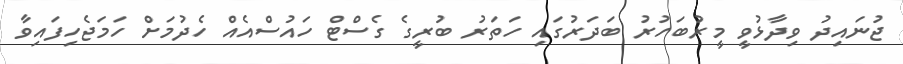
ޖުނައިދު ވިދާޅުވީ މީރުބަހުރު ބަދަރުގައި ހަތަރު ބުރީގެ ގެސްޓް ހައުސްއެއް ހެދުމަށް ހަމަޖެހިފައިވާ